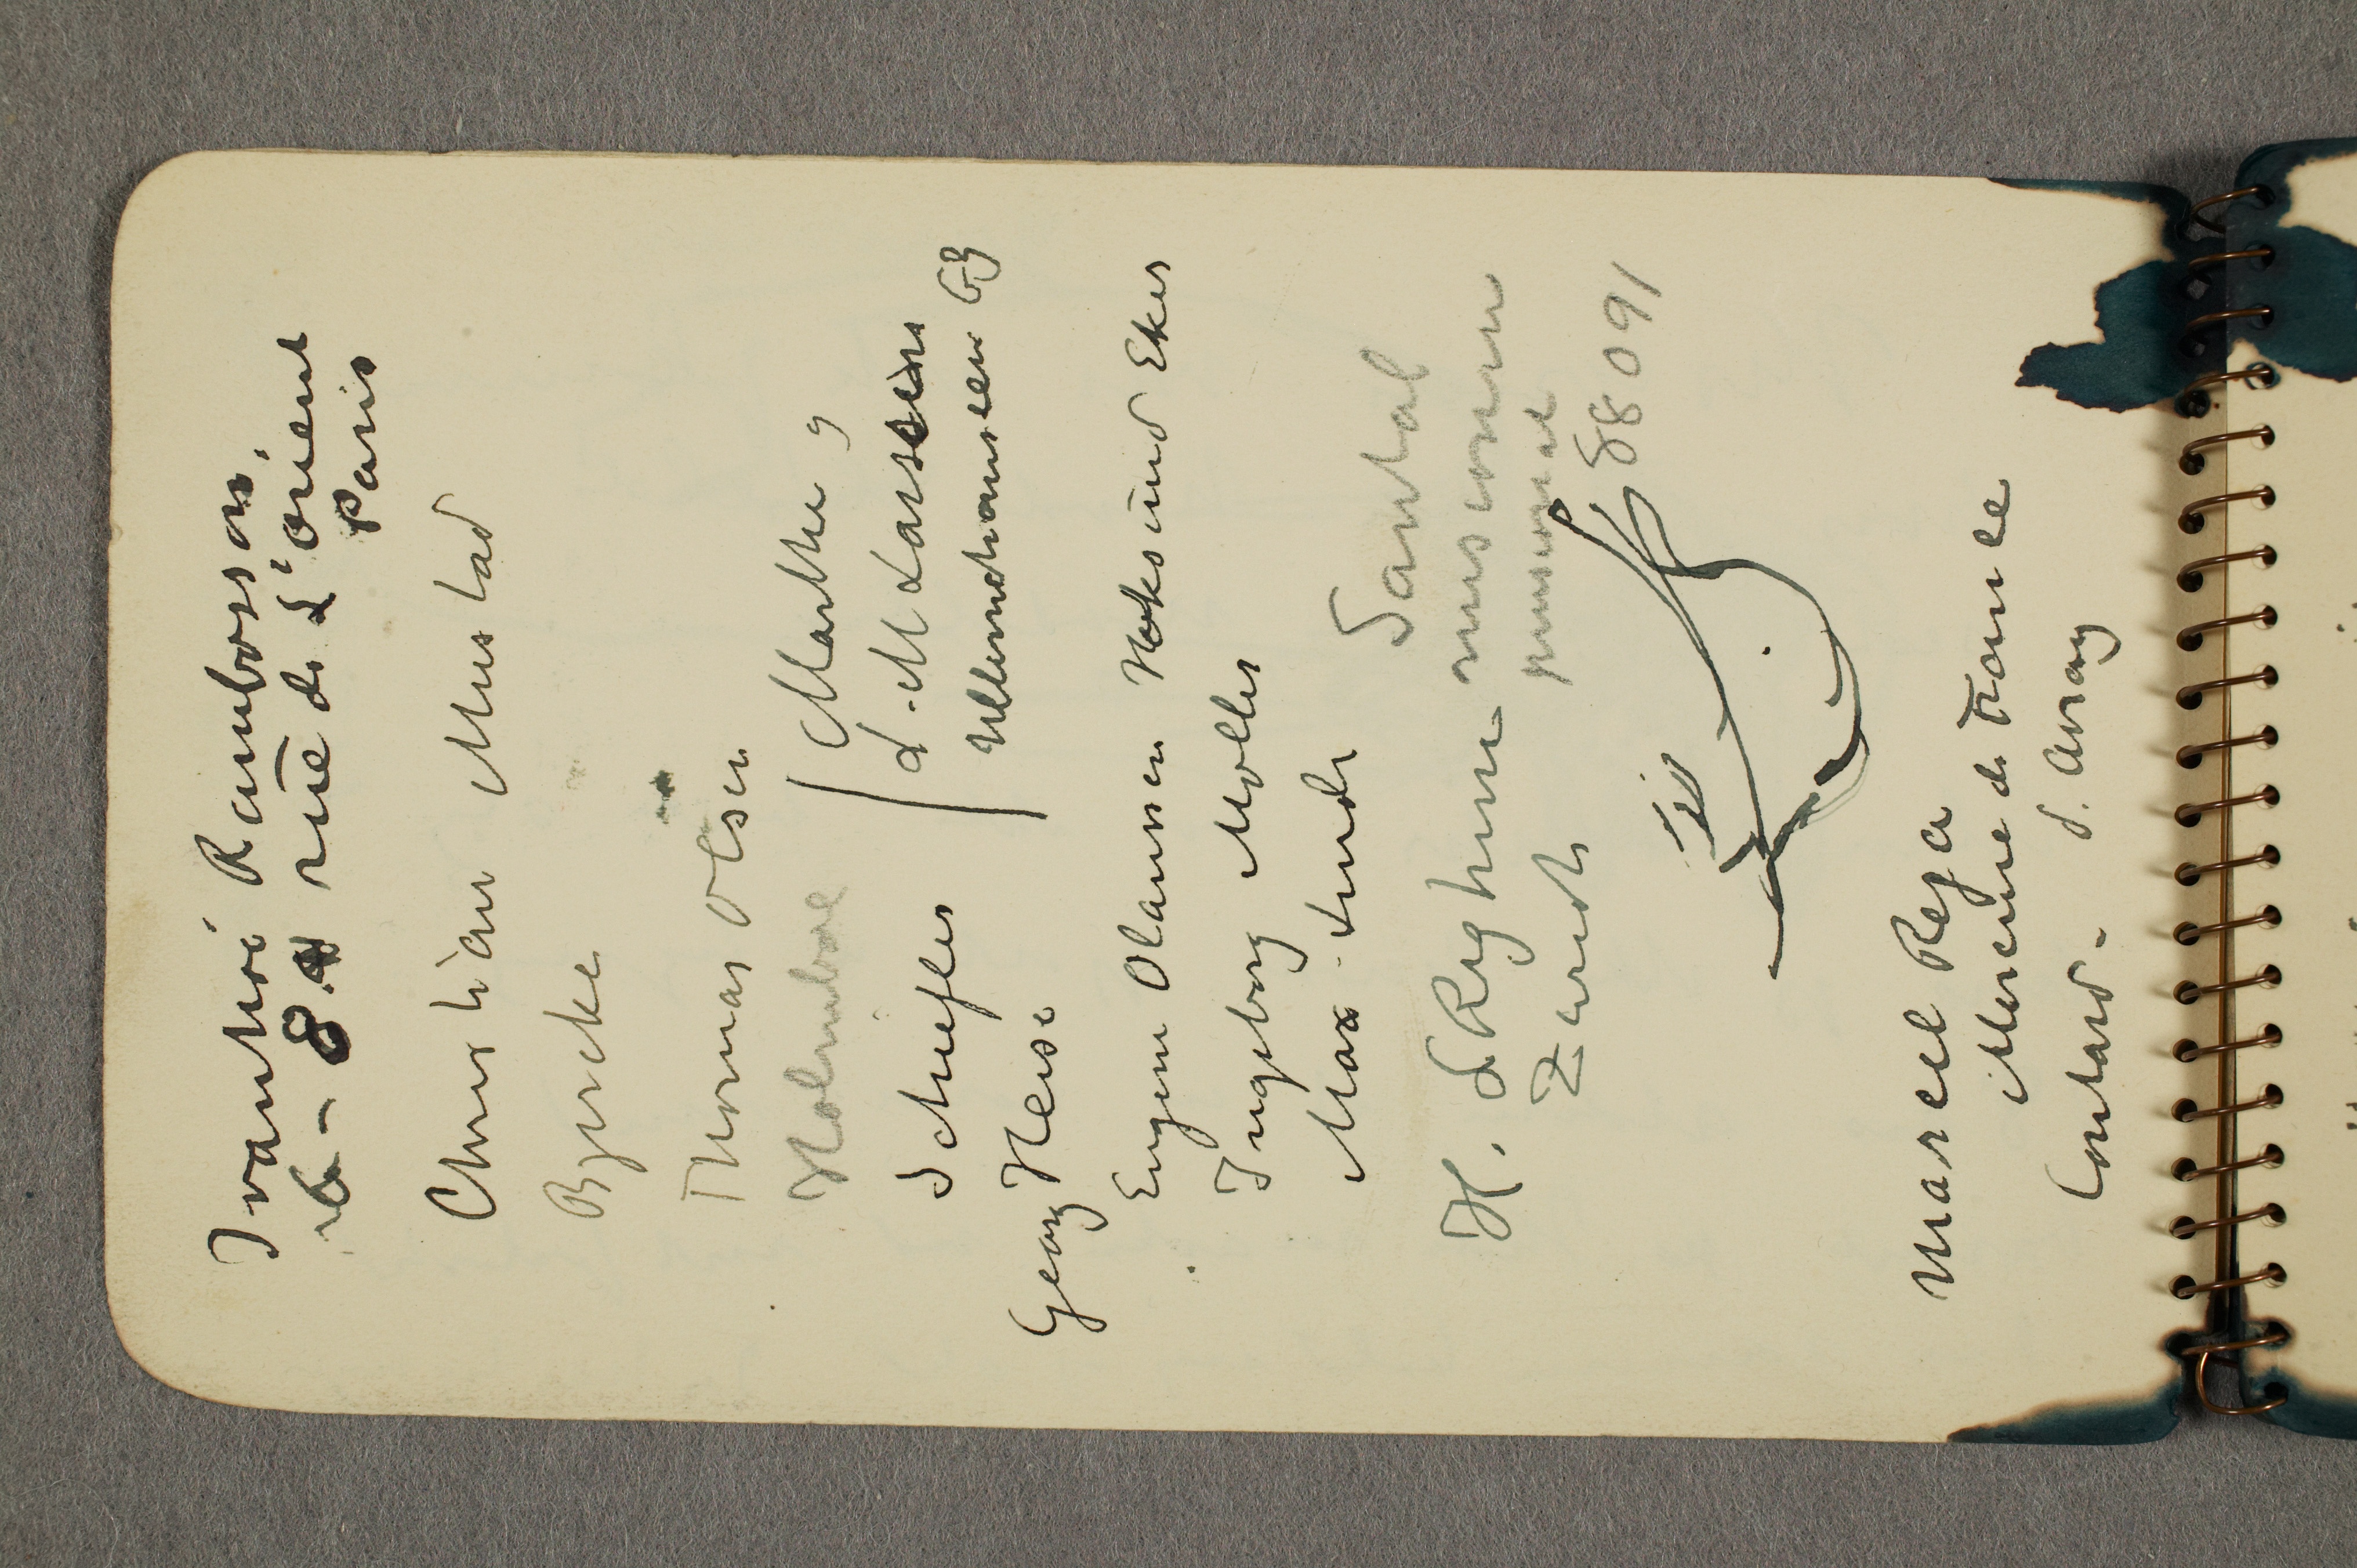
Ivanhoé Rambosson
6 - 8 rue de L’Orient
Paris
Christian Mustad
Bjercke
Thomas Olsen

Holmboe
Schiefler
Georg Heise

Marthe og
L.M. Larssen
Ullernchauseen 63

Eugene Olaussen Hoksund Eker
Ingeborg Møller
Max Linde

H. L. Righeim
Zurich

Santal
missionen
pensionat
88091

Marcel Reja
Mercure de France
Contard – d. Avray